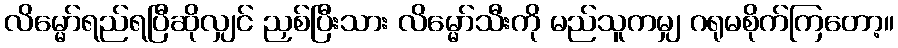
လိမ္မော်ရည်ရပြီဆိုလျှင် ညှစ်ပြီးသား လိမ္မော်သီးကို မည်သူကမျှ ဂရုမစိုက်ကြတော့။